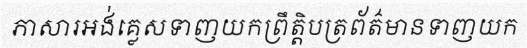
ភាសារអង់គ្លេសទាញយកព្រឹត្តិបត្រព័ត៌មានទាញយក